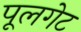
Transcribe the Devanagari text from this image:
पूलगेट